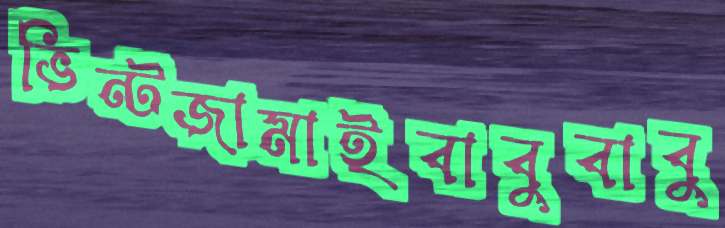
ভিন্টজামাইবাবুবাবু